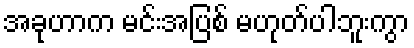
အခုဟာက မင်းအပြစ် မဟုတ်ပါဘူးကွာ